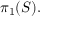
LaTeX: \pi _ { 1 } ( S ) .